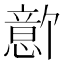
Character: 𪬫